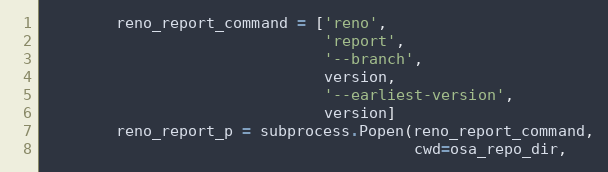
Language: Python
        reno_report_command = ['reno',
                               'report',
                               '--branch',
                               version,
                               '--earliest-version',
                               version]
        reno_report_p = subprocess.Popen(reno_report_command,
                                         cwd=osa_repo_dir,